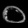
Digit: ၀